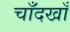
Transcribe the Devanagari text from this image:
चाँदखाँ